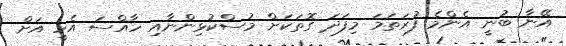
އޭނާ ބުނީ އެންމެ ފުރަތަމަ މިފަދަ ގޮތަކަށް މުސްކުޅިންނާއި ހާއްސަ އެހީ އަށް